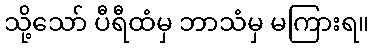
သို့သော် ပီရီထံမှ ဘာသံမှ မကြားရ။